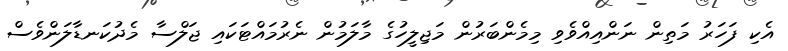
އެކި ފަހަރު މަތިން ނަންއިއްވެވި މިމެންބަރުން މަޖިލީހުގެ މާލަމުން ނެރުމައްޓަކައި ޖަލްސާ މެދުކަނޑާލަންވެސް